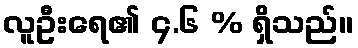
လူဦးရေ၏ ၄.၆ % ရှိသည်။